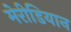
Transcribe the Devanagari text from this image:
मेरीडियान